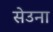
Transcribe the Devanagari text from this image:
सेउना